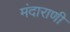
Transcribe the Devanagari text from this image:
मंदाराणी